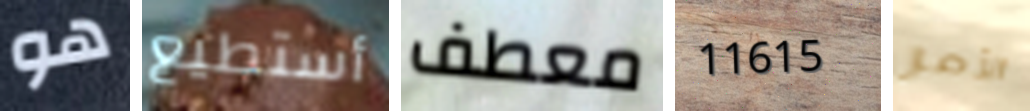
هو أستطيع معطف 11615 الأمر